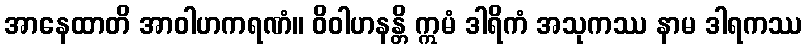
အာနေထာတိ အာဝါဟကရဏံ။ ဝိဝါဟနန္တိ ဣမံ ဒါရိကံ အသုကဿ နာမ ဒါရကဿ